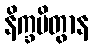
နိက္ခမိတွာန